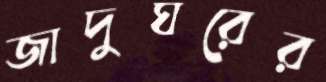
জাদুঘরের